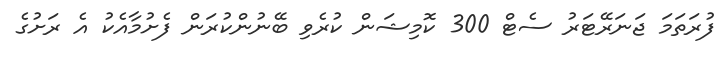
ފުރަތަމަ ޖަނަރޭޓަރު ސެޓް 300 ކޮމިޝަން ކުރެވި ބޭނުންކުރަން ފެށުމާއެކު އެ ރަށުގެ